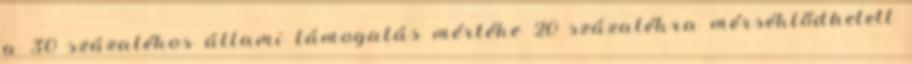
a 30 százalékos állami támogatás mértéke 20 százalékra mérséklődhetett